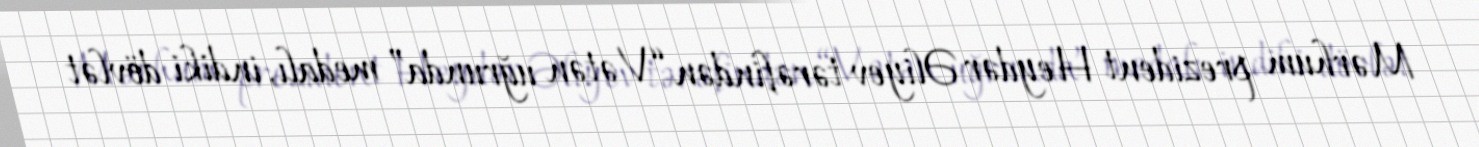
Mərhum prezident Heydər Əliyev tərəfindən “Vətən uğrunda” medalı, indiki dövlət